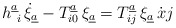
\begin{align*}h^{\underline{a}}_{\ i}\, \dot{\xi}_{\underline{a}} - T^{\underline{a}}_{i0} \, \xi_{\underline{a}} =T^{\underline{a}}_{ij} \, \xi_{\underline{a}}\, {\dot{x} j}\end{align*}